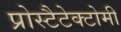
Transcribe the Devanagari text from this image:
प्रोस्टैटेक्टोमी